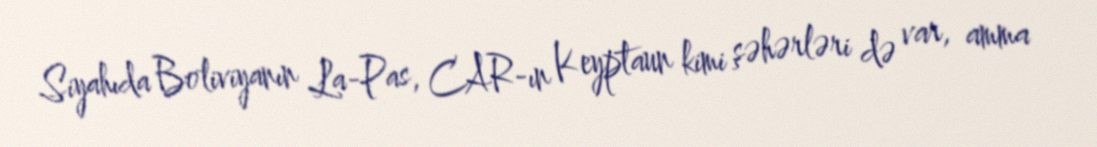
Siyahıda Boliviyanın La-Pas, CAR-ın Keyptaun kimi şəhərləri də var, amma